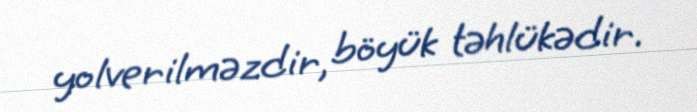
yolverilməzdir, böyük təhlükədir.